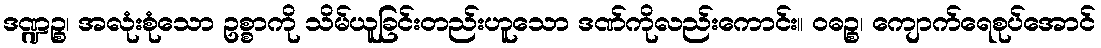
ဒဏ္ဍဉ္စ၊ အလုံးစုံသော ဥစ္စာကို သိမ်ယူခြင်းတည်းဟူသော ဒဏ်ကိုလည်းကောင်း။ ဝဓဉ္စ၊ ကျောက်ရေစုပ်အောင်